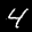
Label: 4